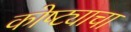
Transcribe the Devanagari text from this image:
कोष्ट्याचा